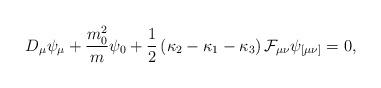
LaTeX: \begin{align*}D_\mu \psi_\mu +\frac{m_0^2}{m}\psi_0 +\frac{1}{2}\left(\kappa_2-\kappa_1 -\kappa_3\right){\cal F}_{\mu\nu}\psi_{[\mu\nu]}=0 ,\end{align*}